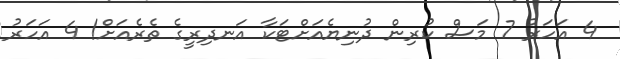
4 އަހަރު 7 މަސް ކުރިން ދުނިޔެއަށްޓަކާ އަނދިރީގެ ތެރެއަށް! 4 އަހަރު